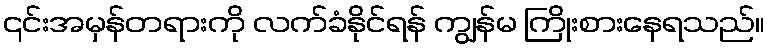
၎င်းအမှန်တရားကို လက်ခံနိုင်ရန် ကျွန်မ ကြိုးစားနေရသည်။